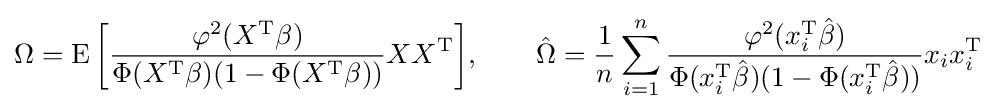
\Omega =\operatorname {E} {\bigg [}{\frac {\varphi ^{2}(X^{\operatorname {T} }\beta )}{\Phi (X^{\operatorname {T} }\beta )(1-\Phi (X^{\operatorname {T} }\beta ))}}XX^{\operatorname {T} }{\bigg ]},\qquad {\hat {\Omega }}={\frac {1}{n}}\sum _{i=1}^{n}{\frac {\varphi ^{2}(x_{i}^{\operatorname {T} }{\hat {\beta }})}{\Phi (x_{i}^{\operatorname {T} }{\hat {\beta }})(1-\Phi (x_{i}^{\operatorname {T} }{\hat {\beta }}))}}x_{i}x_{i}^{\operatorname {T} }